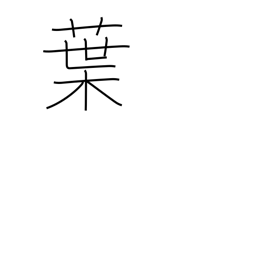
Meaning: blade